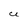
Character: U